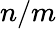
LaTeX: n/m